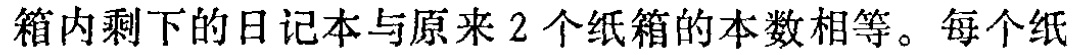
箱内剩下的日记本与原来2个纸箱的本数相等。每个纸